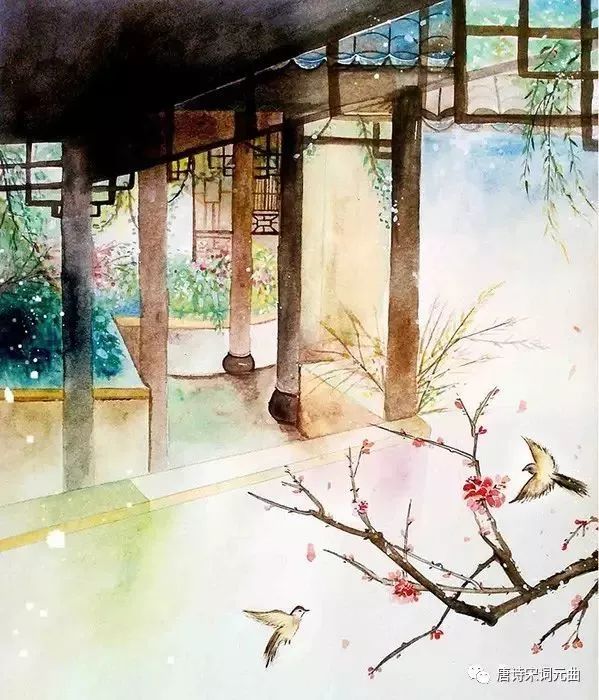
吴洲春草兰杜芳，感物思归怀故乡。